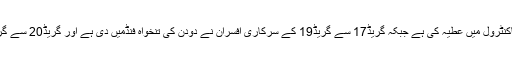
گریڈ ا یک سے گریڈ16 تک کے سرکاری ملازمین نے ایک دن کی تنخواہ چیف منسٹر فنڈ برائے کوروناکنٹرول میں عطیہ کی ہے جبکہ گریڈ17 سے گریڈ19 کے سرکاری افسران نے دودن کی تنخواہ فنڈمیں دی ہے اور گریڈ20 سے گریڈ22 کے سرکاری افسران نے 3 دن کی تنخواہ چیف منسٹر فنڈ برائے کوروناکنٹرول میں عطیہ کی ہے۔